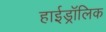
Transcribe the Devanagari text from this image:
हाईड्रॉलिक